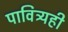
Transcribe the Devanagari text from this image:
पावित्र्यही